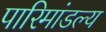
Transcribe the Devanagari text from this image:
पारिमांडल्य